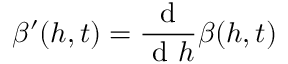
\beta ^ { \prime } ( h , t ) = \frac { \mathrm { ~ d ~ } } { \mathrm { ~ d ~ } h } \beta ( h , t )